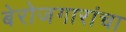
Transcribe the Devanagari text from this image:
बेरोजगारांचा